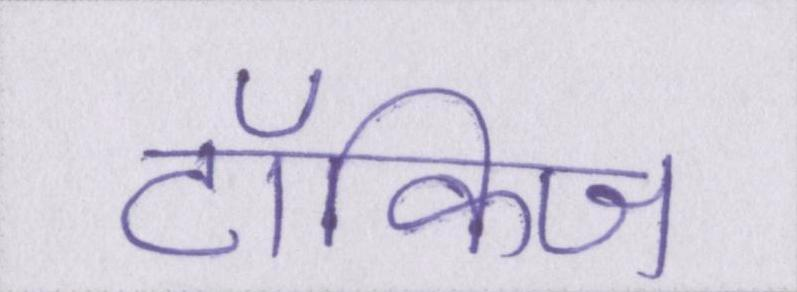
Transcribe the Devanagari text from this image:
टॉकिज